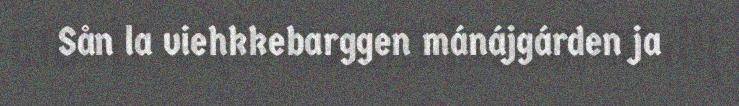
Sån la viehkkebarggen mánájgárden ja